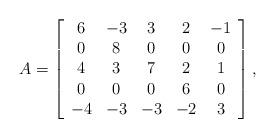
LaTeX: \begin{align*} A=\left[\begin{array}{ccccc} 6 & -3 & 3 & 2 & -1 \\ 0 & 8 & 0 & 0 & 0 \\ 4 & 3 & 7 & 2 & 1 \\ 0 & 0 & 0 & 6 & 0 \\ -4 & -3 & -3 & -2 & 3 \\\end{array}\right],\end{align*}